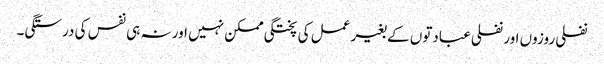
نفلی روزوں اور نفلی عبادتوں کے بغیر عمل کی پختگی ممکن نہیں اور نہ ہی نفس کی درستگی۔